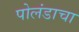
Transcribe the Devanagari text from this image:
पोलंडाचा